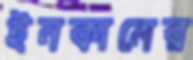
ইনকামের